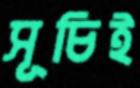
সূচিই